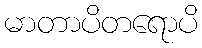
မာတာပိတရောပိ